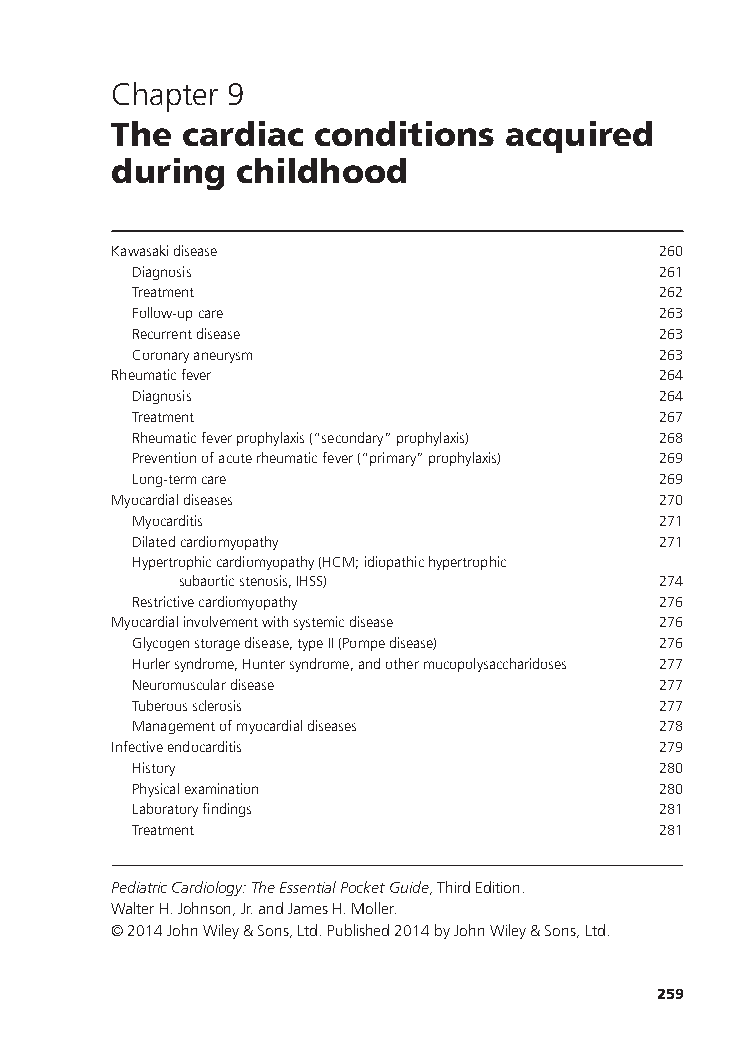
Chapter 9
 The  cardiac conditions   acquired
 during  childhood
 Kawasakidisease                     260
 Diagnosis                          261
 Treatment                          262
 Follow-upcare                      263
 Recurrentdisease                   263
 Coronaryaneurysm                   263
 Rheumaticfever                      264
 Diagnosis                          264
 Treatment                          267
 Rheumaticfeverprophylaxis(“secondary”prophylaxis) 268
 Preventionofacuterheumaticfever(“primary”prophylaxis) 269
 Long-termcare                      269
 Myocardialdiseases                  270
 Myocarditis                        271
 Dilatedcardiomyopathy              271
 Hypertrophiccardiomyopathy(HCM;idiopathichypertrophic
 subaorticstenosis,IHSS)         274
 Restrictivecardiomyopathy          276
 Myocardialinvolvementwithsystemicdisease 276
 Glycogenstoragedisease,typeII(Pompedisease) 276
 Hurlersyndrome,Huntersyndrome,andothermucopolysaccharidoses 277
 Neuromusculardisease               277
 Tuberoussclerosis                  277
 Managementofmyocardialdiseases     278
 Infectiveendocarditis               279
 History                            280
 Physicalexamination                280
 Laboratoryfindings                 281
 Treatment                          281
 PediatricCardiology:TheEssentialPocketGuide,ThirdEdition.
 WalterH.Johnson,Jr.andJamesH.Moller.
 ©2014JohnWiley&Sons,Ltd.Published2014byJohnWiley&Sons,Ltd.
 259